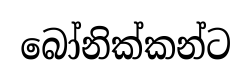
බෝනික්කන්ට